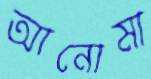
আনোমা